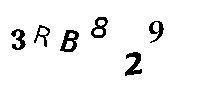
3RB829